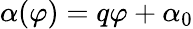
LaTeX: \alpha(\varphi)=q\varphi+\alpha_{0}